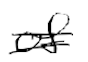
Text: of
Cross-out: double-line
Writing tool: digital_black